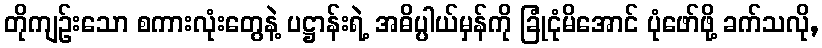
တိုကျဉ်းသော စကားလုံးတွေနဲ့ ပဋ္ဌာန်းရဲ့ အဓိပ္ပါယ်မှန်ကို ခြုံငုံမိအောင် ပုံဖော်ဖို့ ခက်သလို,